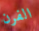
الفرن